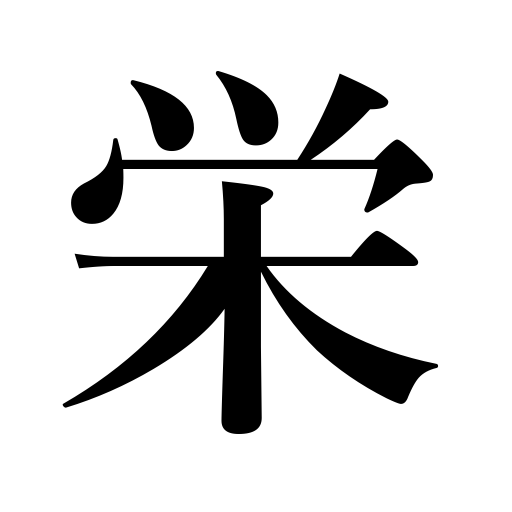
Meanings: look attractive,flourish,thrive,shine,honor,be brilliant,splendor,glory,prosper,prosperity